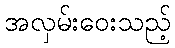
အလှမ်းဝေးသည့်